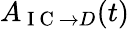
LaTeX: A_{\mathrm{~I~C~}\rightarrow D}(t)